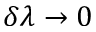
\delta \lambda \rightarrow 0